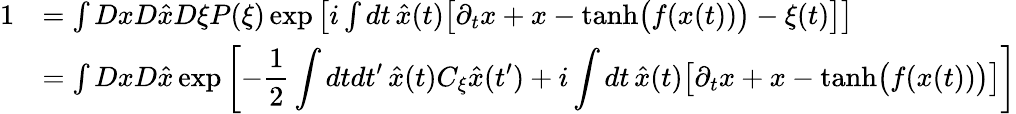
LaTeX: \begin{array}{rl}{1}&{=\int DxD\hat{x}D\xi P(\xi)\exp\left[i\int dt\, \hat{x}(t)\big[\partial_{t}x+x-\mathrm{tanh}\big(f(x(t))\big)-\xi(t)\big]\right]}\\ &{=\int DxD\hat{x}\exp\left[-\displaystyle\frac{1}{2}\int dtdt^{\prime}\, \hat{x}(t)C_{\xi}\hat{x}(t^{\prime})+i\int dt\, \hat{x}(t)\big[\partial_{t}x+x-\mathrm{tanh}\big(f(x(t))\big)\big]\right]}\end{array}